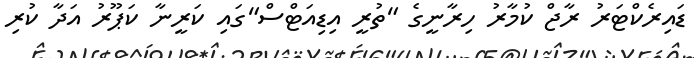
ޑައިރެކްޓަރު ރާޖް ކުމާރު ހިރާނީގެ "ތުރީ އިޑިއަޓްސް"ގައި ކަރީނާ ކަޕޫރު އަދާ ކުރި